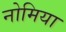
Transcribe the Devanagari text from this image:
नोमिया